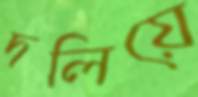
দলিয়ে